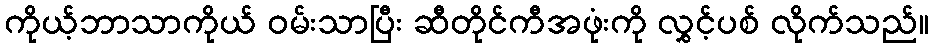
ကိုယ့်ဘာသာကိုယ် ဝမ်းသာပြီး ဆီတိုင်ကီအဖုံးကို လွှင့်ပစ် လိုက်သည်။